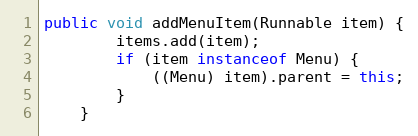
Language: Java
public void addMenuItem(Runnable item) {
        items.add(item);
        if (item instanceof Menu) {
        	((Menu) item).parent = this;
        }
    }